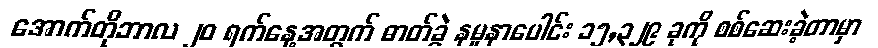
အောက်တိုဘာလ ၂၀ ရက်နေ့အတွက် ဓာတ်ခွဲ နမူနာပေါင်း ၁၅,၃၂၉ ခုကို စစ်ဆေးခဲ့တာမှာ